Vaccination in Bombay 1924-1928 - 1924-1928
Year: 1924
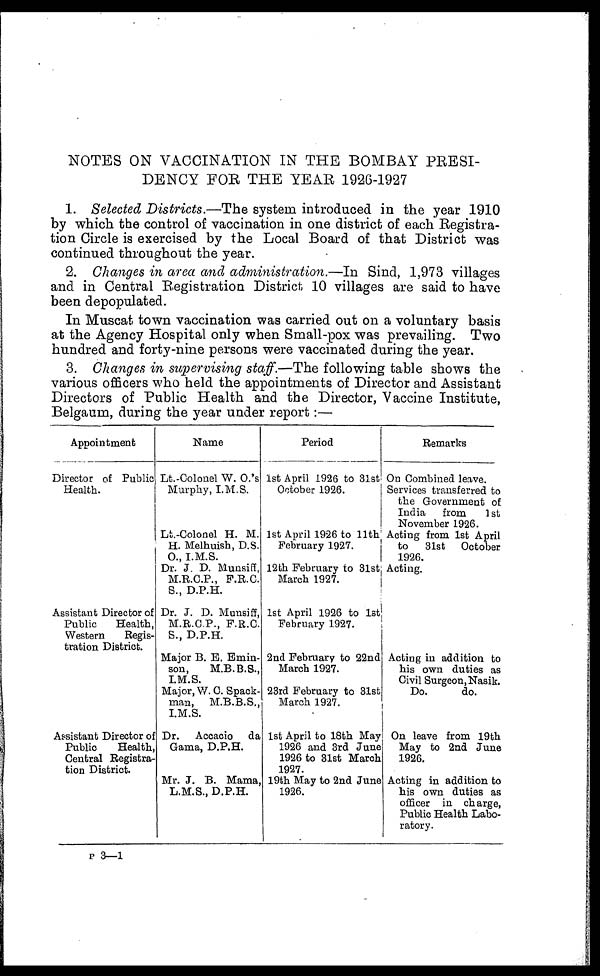
NOTES ON VACCINATION IN THE BOMBAY PRESI-
DENCY FOR THE YEAR 1926-1927
1. Selected Districts.—The system introduced in the year 1910
by which the control of vaccination in one district of each Registra-
tion Circle is exercised by the Local Board of that District was
continued throughout the year.
2. Changes in area and administration.—In Sind, 1,973 villages
and in Central Registration District 10 villages are said to have
been depopulated.
In Muscat town vaccination was carried out on a voluntary basis
at the Agency Hospital only when Small-pox was prevailing. Two
hundred and forty-nine persons were vaccinated during the year.
3. Changes in supervising staff.—The following table shows the
various officers who held the appointments of Director and Assistant
Directors of Public Health and the Director, Vaccine Institute,
Belgaum, during the year under report:—
Appointment
Director of Public
Health.
Assistant Director of
Public
Health,
Western
Regis-
tration District.
Assistant Director of
Public
Health,
Central Registra-
tion District
Name
Lt.-Colonel W. O.'s
Murphy, I.M.S.
Lt.-Colonel H. M.
H. Melhuish, D.S.
O., I.M.S.
Dr. J. D. Munsiff,
M.R.C.P., F.R.C.
S., D.P.H.
Dr. J. D. Munsiff,
M.R.C.P., F.R.C
S., D.P.H.
Major B. E. Emin¬
son,
M.B.B.S.,
I.M.S.
Major, W. C. Spack¬
man, M.B.B.S.,
I.M.S.
Dr.
Accacic
da
Gama, D.P.H.
Mr. J. B. Mama,
L.M.S., D.P.H.
Period
1st April 1926 to 31st
October 1926.
1st April 1926 to 11th
February 1927.
12th February to 31st
March 1927.
1st April 1926 to 1st
February 1927.
2nd February to 22nd
March 1927.
23rd February to 31st
March 1927.
1st April to 18th May
1926 and 3rd June
1926 to 31st March
1927.
19th May to 2nd June
1926.
Remarks
On Combined leave.
Services transferred to
the Government of
India
from
1 st
November 1926.
Acting from 1st April
to
31st
October
1926.
Acting.
Acting in addition to
his own duties as
Civil Surgeon, Nasik.
Do.
do.
On leave from 19th
May to 2nd June
1926.
Acting in addition to
his own duties as
officer in charge,
Public Health Labo-
ratory.
P 3—1